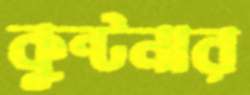
কুন্টনার